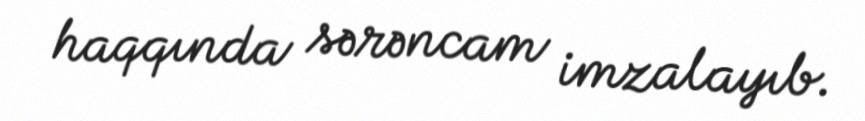
haqqında sərəncam imzalayıb.